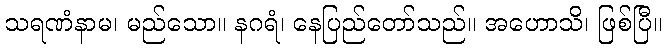
သရဏံနာမ၊ မည်သော။ နဂရံ၊ နေပြည်တော်သည်။ အဟောသိ၊ ဖြစ်ပြီ။